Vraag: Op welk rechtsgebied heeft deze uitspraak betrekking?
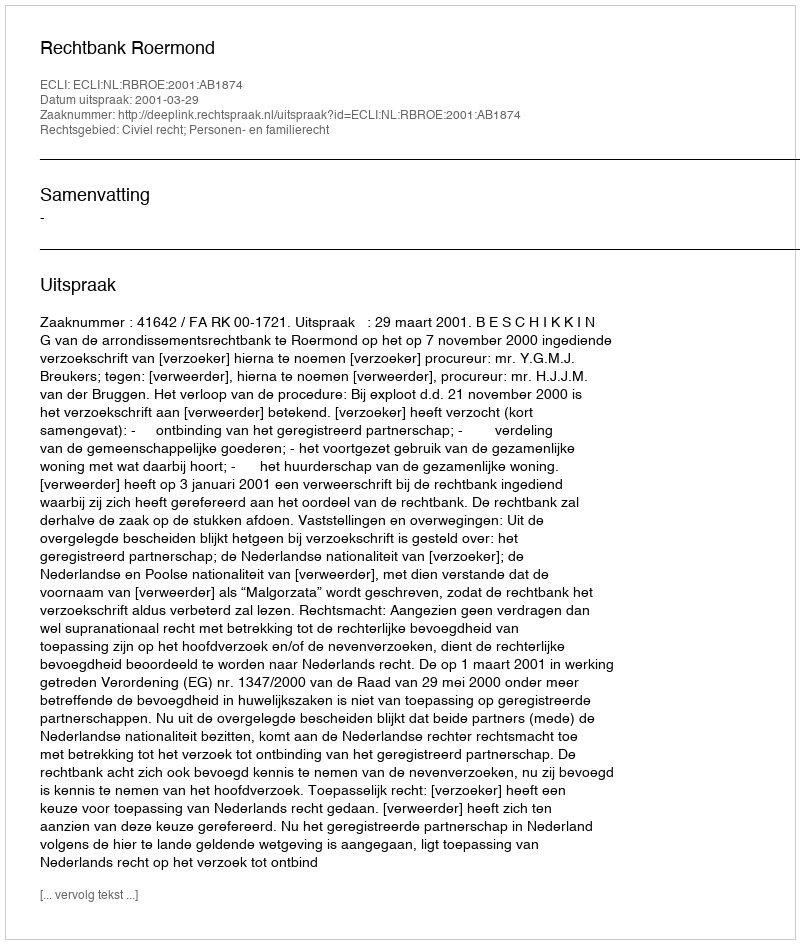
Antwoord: Civiel recht; Personen- en familierecht